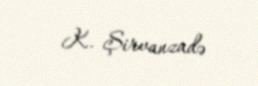
K. Şirvanzadə